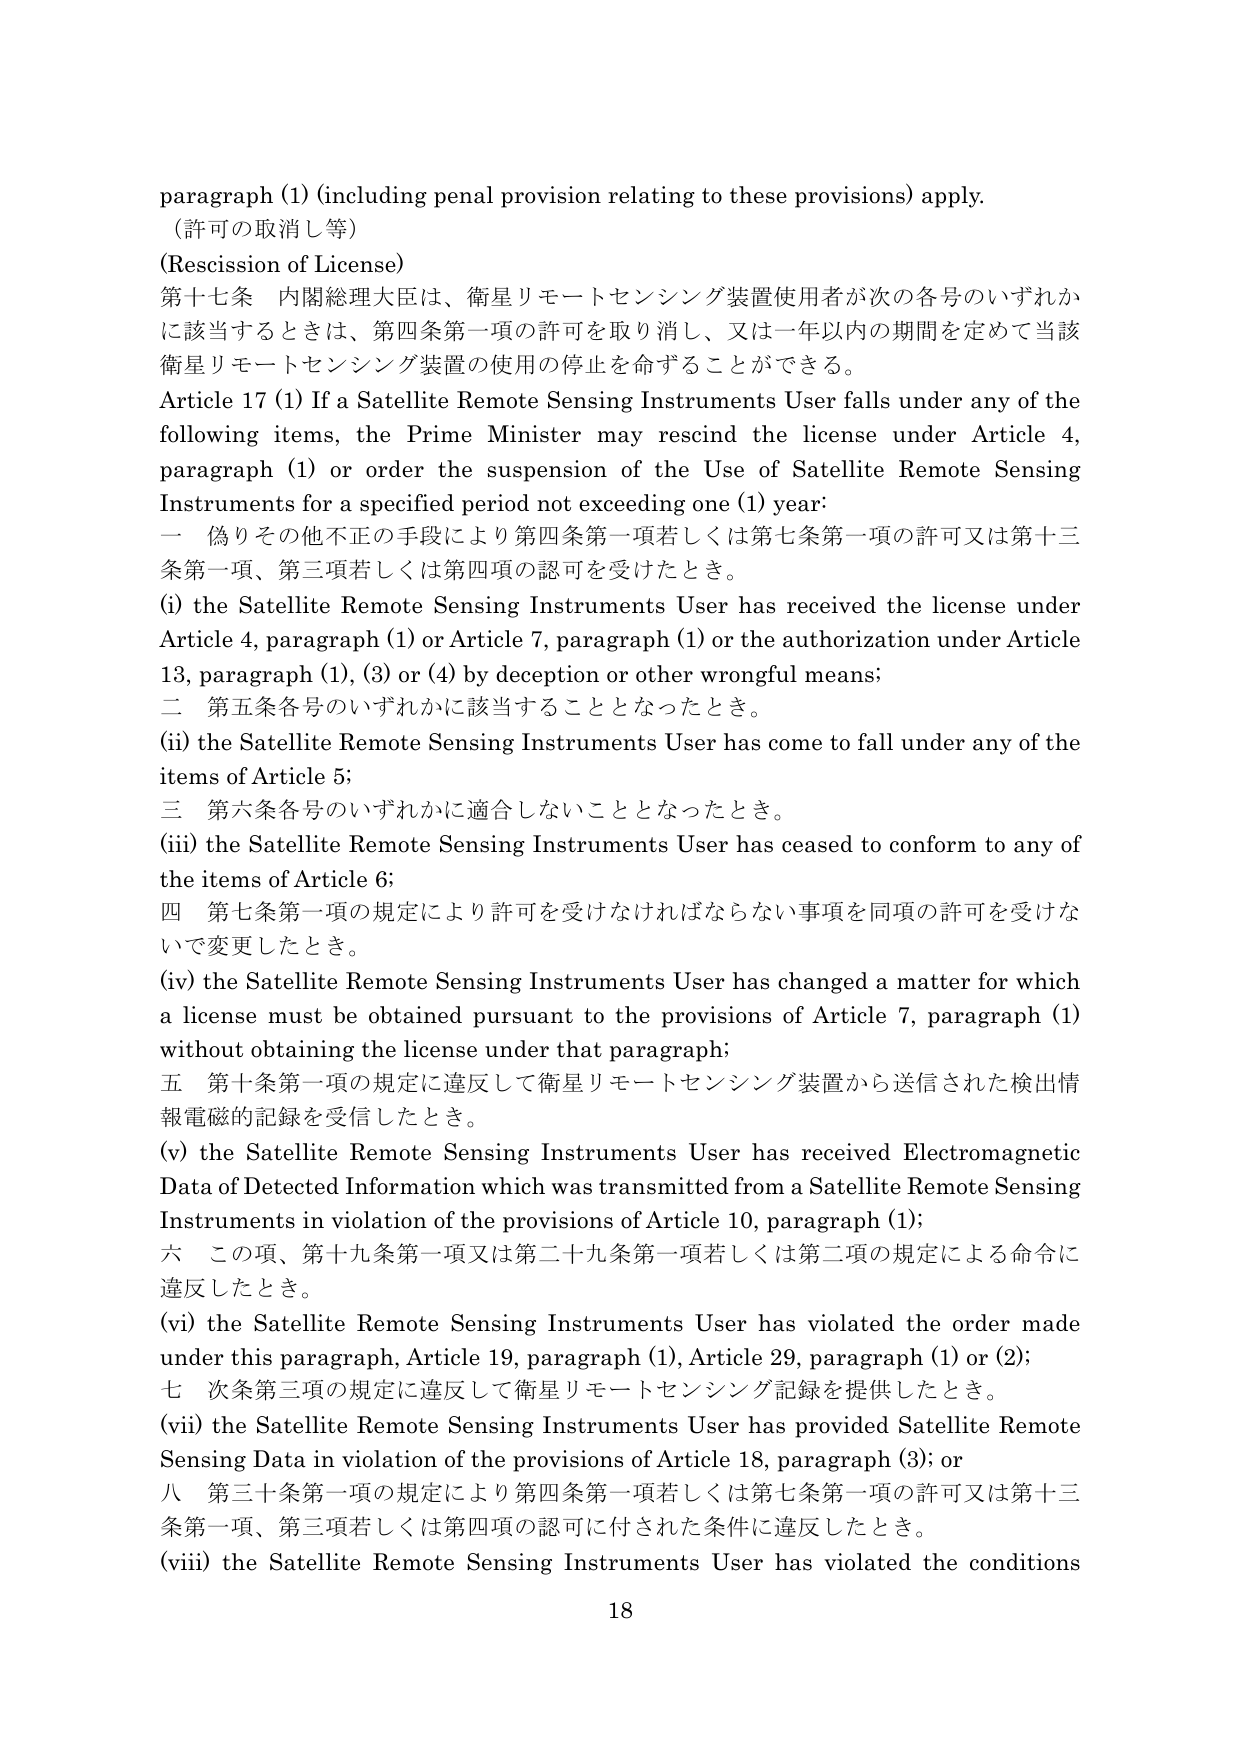
paragraph (1) (including penal provision relating to these provisions) apply.
（許可の取消し等）
(Rescission of License)
第十七条 内閣総理大臣は、衛星リモートセンシング装置使用者が次の各号のいずれかに該当するときは、第四条第一項の許可を取り消し、又は一年以内の期間を定めて当該衛星リモートセンシング装置の使用の停止を命ずることができる。
Article 17 (1) If a Satellite Remote Sensing Instruments User falls under any of the following items, the Prime Minister may rescind the license under Article 4, paragraph (1) or order the suspension of the Use of Satellite Remote Sensing Instruments for a specified period not exceeding one (1) year:
一 偽りその他不正の手段により第四条第一項若しくは第七条第一項の許可又は第十三条第一項、第三項若しくは第四項の認可を受けたとき。
(i) the Satellite Remote Sensing Instruments User has received the license under Article 4, paragraph (1) or Article 7, paragraph (1) or the authorization under Article 13, paragraph (1), (3) or (4) by deception or other wrongful means;
二 第五条各号のいずれかに該当することとなったとき。
(ii) the Satellite Remote Sensing Instruments User has come to fall under any of the items of Article 5;
三 第六条各号のいずれかに適合しないこととなったとき。
(iii) the Satellite Remote Sensing Instruments User has ceased to conform to any of the items of Article 6;
四 第七条第一項の規定により許可を受けなければならない事項を同項の許可を受けないで変更したとき。
(iv) the Satellite Remote Sensing Instruments User has changed a matter for which a license must be obtained pursuant to the provisions of Article 7, paragraph (1) without obtaining the license under that paragraph;
五 第十条第一項の規定に違反して衛星リモートセンシング装置から送信された検出情報電磁的記録を受信したとき。
(v) the Satellite Remote Sensing Instruments User has received Electromagnetic Data of Detected Information which was transmitted from a Satellite Remote Sensing Instruments in violation of the provisions of Article 10, paragraph (1);
六 この項、第十九条第一項又は第二十九条第一項若しくは第二項の規定による命令に違反したとき。
(vi) the Satellite Remote Sensing Instruments User has violated the order made under this paragraph, Article 19, paragraph (1), Article 29, paragraph (1) or (2);
七 次条第三項の規定に違反して衛星リモートセンシング記録を提供したとき。
(vii) the Satellite Remote Sensing Instruments User has provided Satellite Remote Sensing Data in violation of the provisions of Article 18, paragraph (3); or
八 第三十条第一項の規定により第四条第一項若しくは第七条第一項の許可又は第十三条第一項、第三項若しくは第四項の認可に付された条件に違反したとき。
(viii) the Satellite Remote Sensing Instruments User has violated the conditions
18